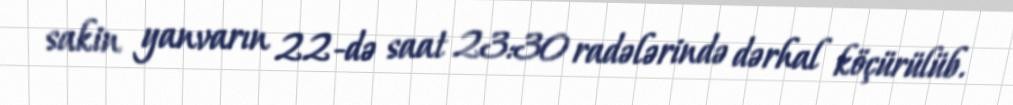
sakin yanvarın 22-də saat 23:30 radələrində dərhal köçürülüb.